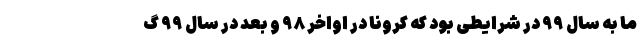
ما به سال ۹۹ در شرایطی بود که کرونا در اواخر ۹۸ و بعد در سال ۹۹ گ